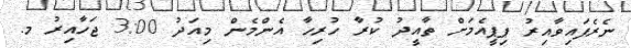
ނެރެފައިވާއިރު ޕިޕީއެމަށް ތާއީދު ކުރާ ހުރިހާ އެންމެން މިއަދު 3:00 ޖަހާއިރު މ.